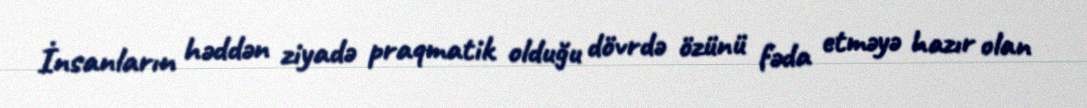
İnsanların həddən ziyadə praqmatik olduğu dövrdə özünü fəda etməyə hazır olan